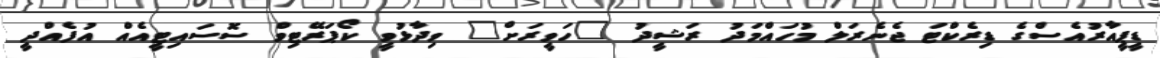
ޑީޕީއާރުއެސްގެ ޑިރެކްޓަ ޖެނެރަލް މުހައްމަދު ރަޝީދު "ހަވީރަށް" ވިދާޅުވީ ކޯޕަރޭޓިވް ސޮސައިޓީއެއް އުފެއްދީ